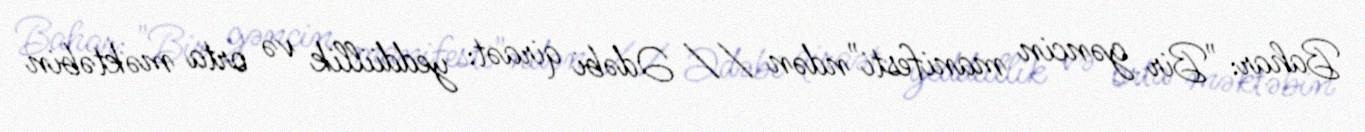
Bahar: "Bir gəncin manifesti"ndən // Ədəbi qiraət: yeddiillik və orta məktəbin